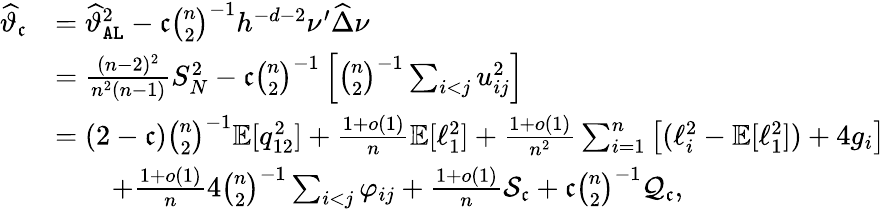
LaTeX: \begin{array}{rl}{\widehat{\vartheta}_{\mathfrak{c}}}&{=\widehat{\vartheta}_{\mathtt{AL}}^{2}-\mathfrak{c}\binom{n}{2}^{-1}h^{-d-2}\nu^{\prime}\widehat{\Delta}\nu}\\ &{=\frac{(n-2)^{2}}{n^{2}(n-1)}S_{N}^{2}-\mathfrak{c}\binom{n}{2}^{-1}\left[\binom{n}{2}^{-1}\sum_{i<j}u_{ij}^{2}\right]}\\ &{=(2-\mathfrak{c})\binom{n}{2}^{-1}\mathbb{E}[q_{12}^{2}]+\frac{1+o(1)}{n}\mathbb{E}[\ell_{1}^{2}]+\frac{1+o(1)}{n^{2}}\sum_{i=1}^{n}\big[(\ell_{i}^{2}-\mathbb{E}[\ell_{1}^{2}])+4g_{i}\big]}\\ &{\qquad+\frac{1+o(1)}{n}4\binom{n}{2}^{-1}\sum_{i<j}\varphi_{ij}+\frac{1+o(1)}{n}\mathcal{S}_{\mathfrak{c}}+\mathfrak{c}\binom{n}{2}^{-1}\mathcal{Q}_{\mathfrak{c}},}\end{array}